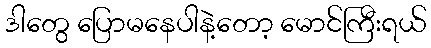
ဒါတွေ ပြောမနေပါနဲ့တော့ မောင်ကြီးရယ်